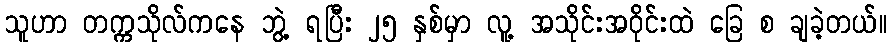
သူဟာ တက္ကသိုလ်ကနေ ဘွဲ့ ရပြီး ၂၅ နှစ်မှာ လူ့ အသိုင်းအဝိုင်းထဲ ခြေ စ ချခဲ့တယ်။